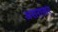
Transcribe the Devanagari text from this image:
असरासर